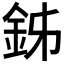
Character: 𨥦